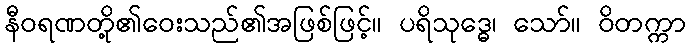
နီဝရဏတို့၏ဝေးသည်၏အဖြစ်ဖြင့်။ ပရိသုဒ္ဓေ၊ သော်။ ဝိတက္ကာ